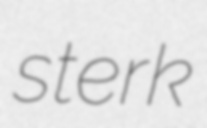
sterk